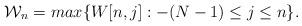
LaTeX: \begin{align*} \mathcal{W}_n = max\{W[n,j]:-(N-1) \leq j \leq n \}.\end{align*}